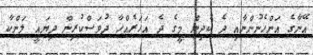
އޭނާގެ އަންހެނުންނާއި ދެ ކުދިން މީގެ ދެ އަހަރެއްހާ ދުވަސްކުރިން ދިޔައީ ލަންކާ